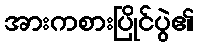
အားကစားပြိုင်ပွဲ၏